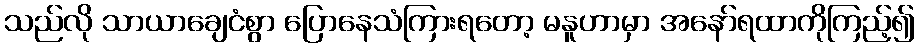
သည်လို သာယာချေငံစွာ ပြောနေသံကြားရတော့ မနူဟာမှာ အနော်ရထာကိုကြည့်၍